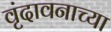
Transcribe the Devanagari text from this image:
वृंदावनाच्या